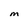
Character: M